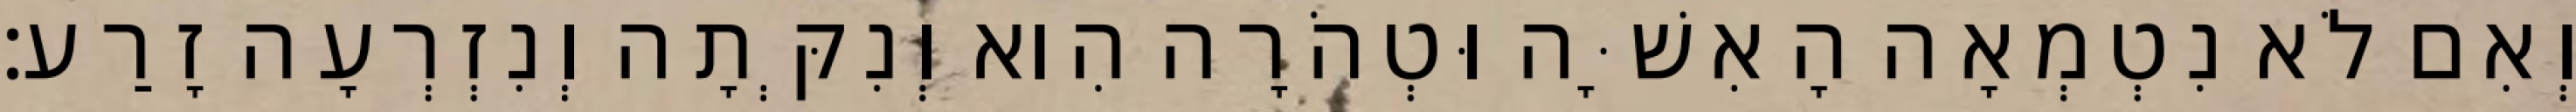
וְאִם לֹא נִטְמְאָה הָאִשָּׁה וּטְהֹרָה הִוא וְנִקְּתָה וְנִזְרְעָה זָרַע׃